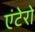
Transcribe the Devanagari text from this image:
एंटेरो